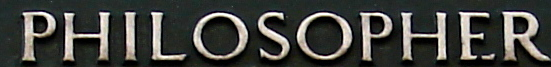
PHILOSOPHER